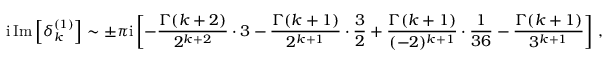
\mathrm { i } \, \mathrm { I m } \left[ \delta _ { k } ^ { ( 1 ) } \right] \sim \pm \pi \mathrm { i } \left[ - \frac { \Gamma ( k + 2 ) } { 2 ^ { k + 2 } } \cdot 3 - \frac { \Gamma ( k + 1 ) } { 2 ^ { k + 1 } } \cdot \frac { 3 } { 2 } + \frac { \Gamma ( k + 1 ) } { ( - 2 ) ^ { k + 1 } } \cdot \frac { 1 } { 3 6 } - \frac { \Gamma ( k + 1 ) } { 3 ^ { k + 1 } } \right] \, ,